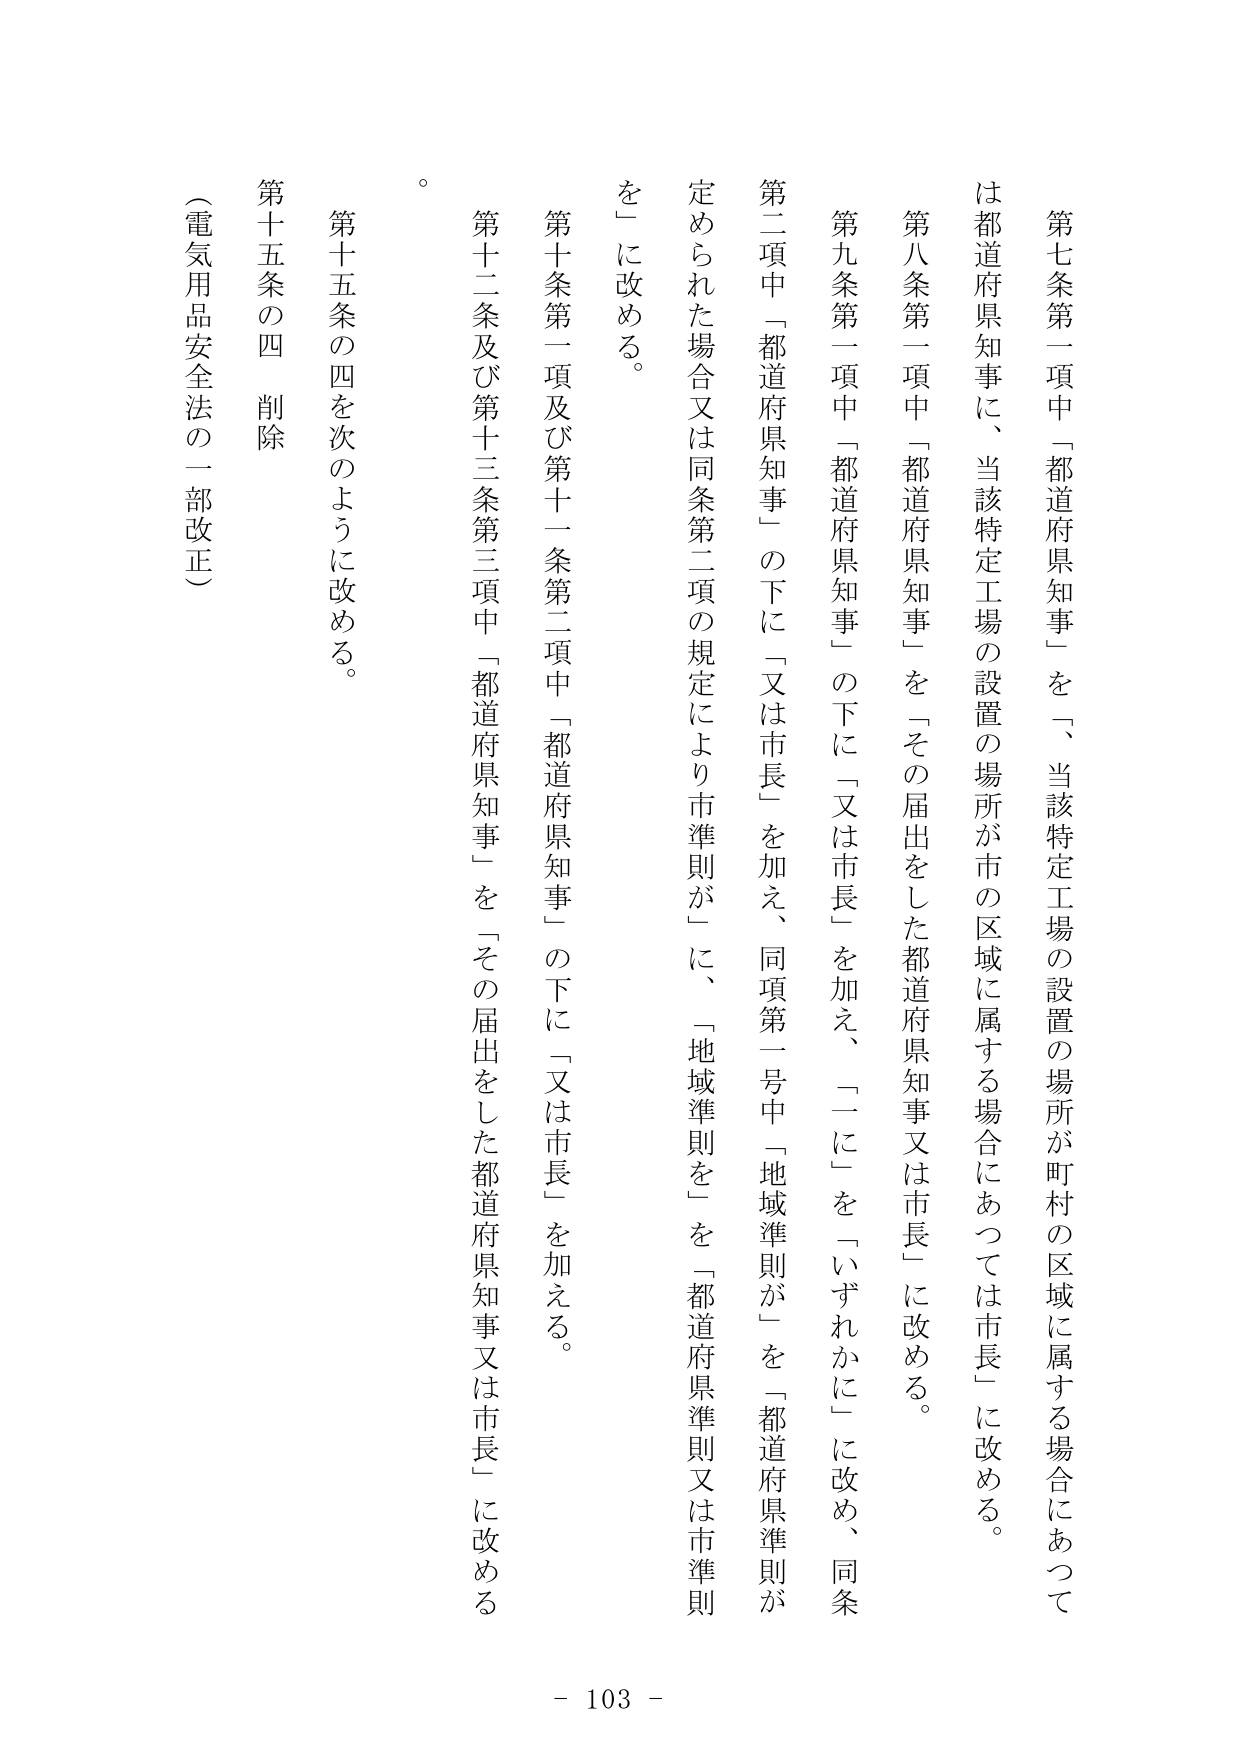
第七条第一項中「都道府県知事」を「、当該特定工場の設置の場所が町村の区域に属する場合にあつては都道府県知事に、当該特定工場の設置の場所が市の区域に属する場合にあつては市長」に改める。

第八条第一項中「都道府県知事」を「その届出をした都道府県知事又は市長」に改める。

第九条第一項中「都道府県知事」の下に「又は市長」を加え、「一に」を「いずれかに」に改め、同条第二項中「都道府県知事」の下に「又は市長」を加え、同項第一号中「地域準則が」を「都道府県準則が」に、「地域準則を」を「都道府県準則又は市準則を」に改める。

第十条第一項及び第十一条第二項中「都道府県知事」の下に「又は市長」を加える。

第十二条及び第十三条第三項中「都道府県知事」を「その届出をした都道府県知事又は市長」に改める。

第十五条の四を次のように改める。

第十五条の四 削除

（電気用品安全法の一部改正）

。

- 103 -